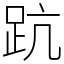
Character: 䟘